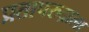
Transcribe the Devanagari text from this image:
प्रतापरुद्राला